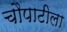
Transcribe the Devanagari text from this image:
चौपाटीला